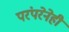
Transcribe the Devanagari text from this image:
परंपरेनेही